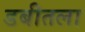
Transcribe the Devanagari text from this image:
डबीतला